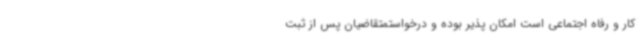
کار و رفاه اجتماعی است امکان پذیر بوده و درخواستمتقاضیان پس از ثبت